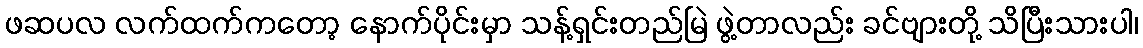
ဖဆပလ လက်ထက်ကတော့ နောက်ပိုင်းမှာ သန့်ရှင်းတည်မြဲ ဖွဲ့တာလည်း ခင်ဗျားတို့ သိပြီးသားပါ၊